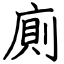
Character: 廁